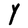
Character: Y